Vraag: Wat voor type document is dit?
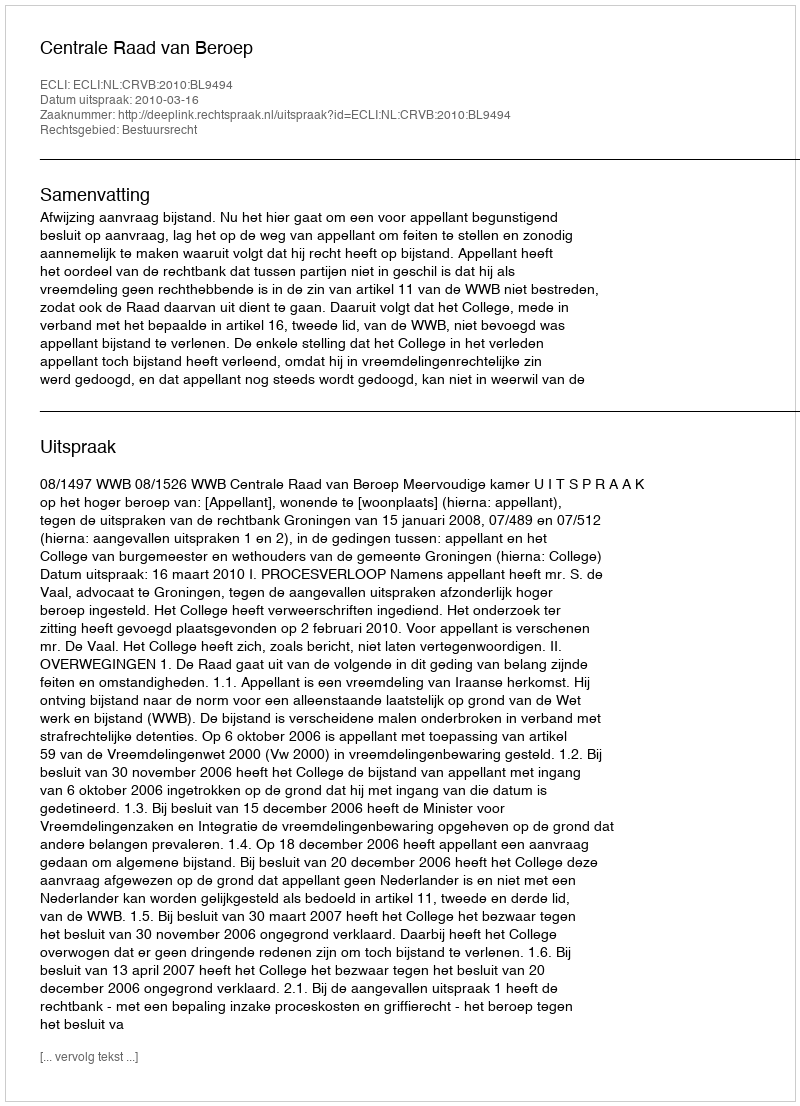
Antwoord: Uitspraak